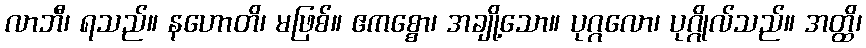
လာဘီ၊ ရသည်။ နဟောတိ၊ မဖြစ်။ ဧကစ္စော၊ အချို့သော။ ပုဂ္ဂလော၊ ပုဂ္ဂိုလ်သည်။ အတ္ထိ၊